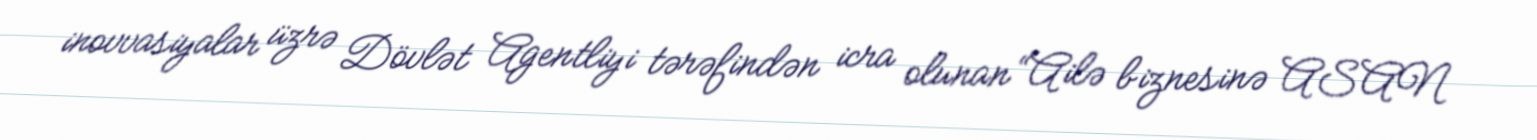
inovvasiyalar üzrə Dövlət Agentliyi tərəfindən icra olunan “Ailə biznesinə ASAN